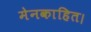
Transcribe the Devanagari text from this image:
मेनकाहित।